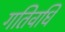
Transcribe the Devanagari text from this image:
गतिवधि